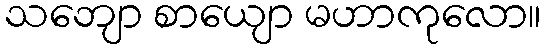
သဘျော စာယျော မဟာကုလော။